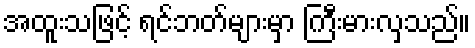
အထူးသဖြင့် ရင်ဘတ်များမှာ ကြီးမားလှသည်။